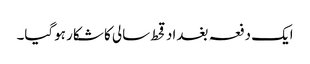
ایک دفعہ بغداد قحط سالی کا شکار ہوگیا۔